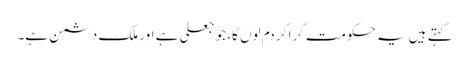
کہتے ہیں یہ حکومت گرا کر دم لوں گا، جو جعلی ہے اور ملک دشمن ہے۔